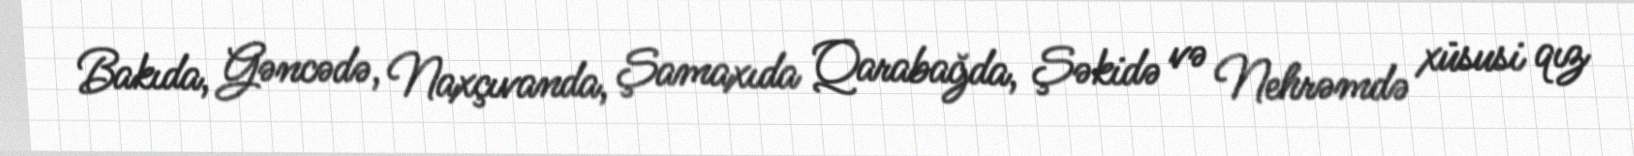
Bakıda, Gəncədə, Naxçıvanda, Şamaxıda Qarabağda, Şəkidə və Nehrəmdə xüsusi qız